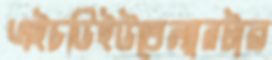
এইচডিইউতেল্যানটার